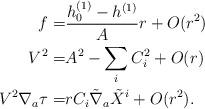
LaTeX: \begin{align*}f =& \frac{h_0^{(1)} - h^{(1)} }{A}r + O(r^2)\\V ^2 =& A^2 - \sum_i C_i^2 + O(r)\\ V ^2 \nabla_a \tau = & r C_i \tilde \nabla_a \tilde X^i + O(r^2).\end{align*}